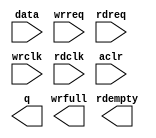
module fifo (
		input  wire [31:0] data,    //  fifo_input.datain
		input  wire        wrreq,   //            .wrreq
		input  wire        rdreq,   //            .rdreq
		input  wire        wrclk,   //            .wrclk
		input  wire        rdclk,   //            .rdclk
		input  wire        aclr,    //            .aclr
		output wire [31:0] q,       // fifo_output.dataout
		output wire        rdempty, //            .rdempty
		output wire        wrfull   //            .wrfull
	);
endmodule